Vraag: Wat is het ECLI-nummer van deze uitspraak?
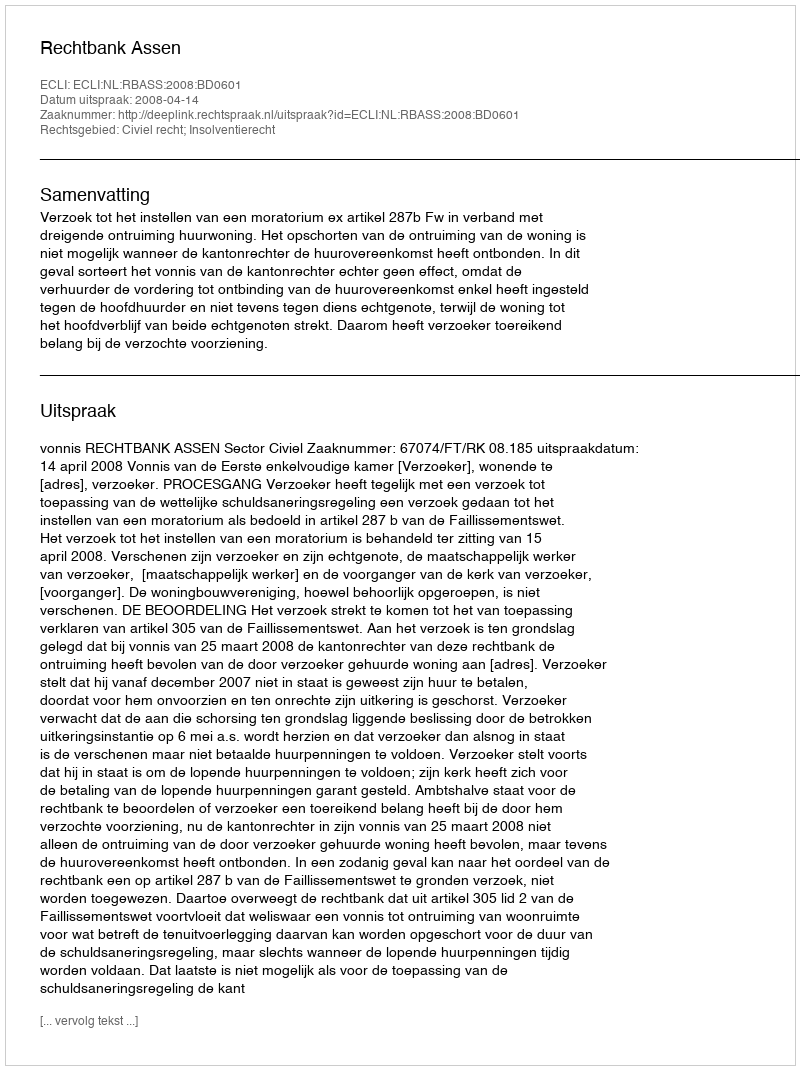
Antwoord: ECLI:NL:RBASS:2008:BD0601